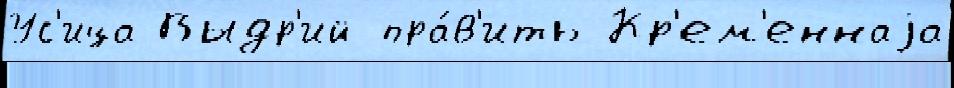
Ус'ица Выдр'ий пра́в'ить Кр'ем'еннаjа